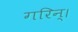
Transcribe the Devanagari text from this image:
गरिन्।